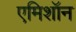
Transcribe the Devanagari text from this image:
एमिशॉन